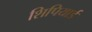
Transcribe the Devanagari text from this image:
शिपियार्ड